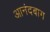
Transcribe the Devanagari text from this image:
आनंदबाग